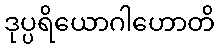
ဒုပ္ပရိယောဂါဟောတိ